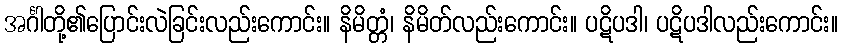
အင်္ဂါတို့၏ပြောင်းလဲခြင်းလည်းကောင်း။ နိမိတ္တံ၊ နိမိတ်လည်းကောင်း။ ပဋိပဒါ၊ ပဋိပဒါလည်းကောင်း။